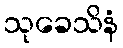
သုခေသိနံ